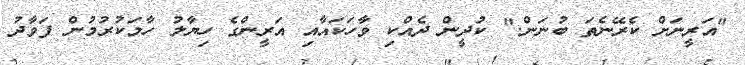
"އަރީނަށް ކެރޭނެތަ ބުނަން." ކުދީން ދެއްކި ވާހަކައާއި އަރީންގެ ހިޔާލު ހާމަކުރުމުން ފަވާދު